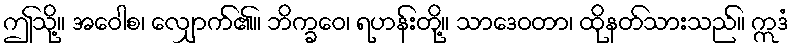
ဤသို့။ အဝေါစ၊ လျှောက်၏။ ဘိက္ခဝေ၊ ရဟန်းတို့။ သာဒေဝတာ၊ ထိုနတ်သားသည်။ ဣဒံ